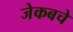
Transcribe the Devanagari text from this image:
जेकबचे